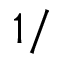
1 / \l